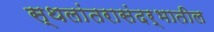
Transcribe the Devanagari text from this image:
स्थलांतरासंदर्भातील